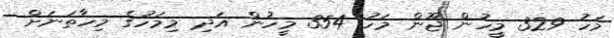
މަހު 329 މީހުން ޖޫން މަހު 354 މީހުން އަދި މިމަހުގެ މިހާތަނަށް